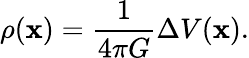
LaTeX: \rho(\mathbf{x})={\frac{1}{4\pi G}}\Delta V(\mathbf{x}).